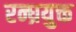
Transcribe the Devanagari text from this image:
रन्ध्रयुक्त